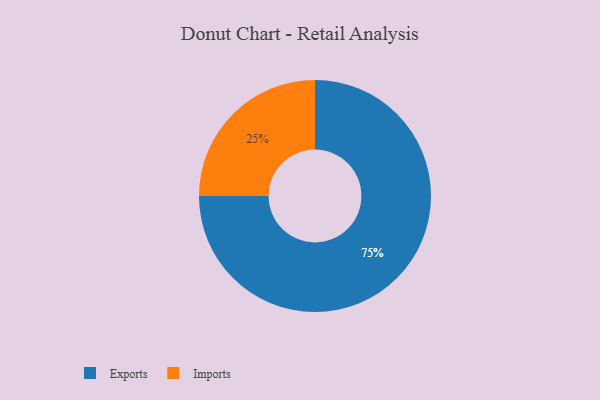
{"axis": {"x": "Category", "y": "Percentage"}, "legend": ["Exports", "Imports"], "data": [{"x": "Exports", "y": 75, "type": "Exports"}, {"x": "Imports", "y": 25, "type": "Imports"}]}